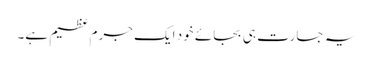
یہ جسارت ہی بجائے خود ایک جرم عظیم ہے۔